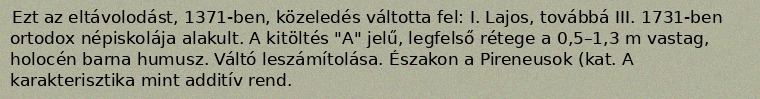
Ezt az eltávolodást, 1371-ben, közeledés váltotta fel: I. Lajos, továbbá III. 1731-ben ortodox népiskolája alakult. A kitöltés "A" jelű, legfelső rétege a 0,5–1,3 m vastag, holocén barna humusz. Váltó leszámítolása. Északon a Pireneusok (kat. A karakterisztika mint additív rend.